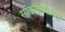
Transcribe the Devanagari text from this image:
सांडल्यासारखे